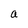
Character: a